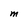
Character: M